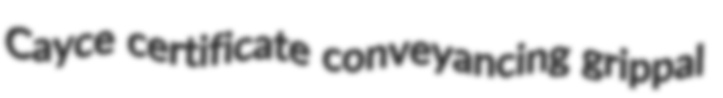
Cayce certificate conveyancing grippal